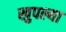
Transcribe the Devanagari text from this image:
खुपल्या